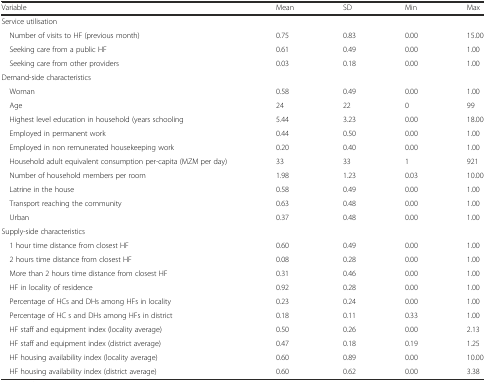
| Variable | Mean | SD | Min | Max |
 | --- | --- | --- | --- | --- |
 | <COLSPAN=5> Service utilisation |
 | Number of visits to HF (previous month) | 0.75 | 0.83 | 0.00 | 15.00 |
 | Seeking care from a public HF | 0.61 | 0.49 | 0.00 | 1.00 |
 | Seeking care from other providers | 0.03 | 0.18 | 0.00 | 1.00 |
 | <COLSPAN=5> Demand-side characteristics |
 | Woman | 0.58 | 0.49 | 0.00 | 1.00 |
 | Age | 24 | 22 | 0 | 99 |
 | Highest level education in household (years schooling | 5.44 | 3.23 | 0.00 | 18.00 |
 | Employed in permanent work | 0.44 | 0.50 | 0.00 | 1.00 |
 | Employed in non remunerated housekeeping work | 0.20 | 0.40 | 0.00 | 1.00 |
 | Household adult equivalent consumption per-capita (MZM per day) | 33 | 33 | 1 | 921 |
 | Number of household members per room | 1.98 | 1.23 | 0.03 | 10.00 |
 | Latrine in the house | 0.58 | 0.49 | 0.00 | 1.00 |
 | Transport reaching the community | 0.63 | 0.48 | 0.00 | 1.00 |
 | Urban | 0.37 | 0.48 | 0.00 | 1.00 |
 | <COLSPAN=5> Supply-side characteristics |
 | 1 hour time distance from closest HF | 0.60 | 0.49 | 0.00 | 1.00 |
 | 2 hours time distance from closest HF | 0.08 | 0.28 | 0.00 | 1.00 |
 | More than 2 hours time distance from closest HF | 0.31 | 0.46 | 0.00 | 1.00 |
 | HF in locality of residence | 0.92 | 0.28 | 0.00 | 1.00 |
 | Percentage of HCs and DHs among HFs in locality | 0.23 | 0.24 | 0.00 | 1.00 |
 | Percentage of HC s and DHs among HFs in district | 0.18 | 0.11 | 0.33 | 1.00 |
 | HF staff and equipment index (locality average) | 0.50 | 0.26 | 0.00 | 2.13 |
 | HF staff and equipment index (district average) | 0.47 | 0.18 | 0.19 | 1.25 |
 | HF housing availability index (locality average) | 0.60 | 0.89 | 0.00 | 10.00 |
 | HF housing availability index (district average) | 0.60 | 0.62 | 0.00 | 3.38 |